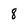
Character: 8